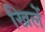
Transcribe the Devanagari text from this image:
खिलें